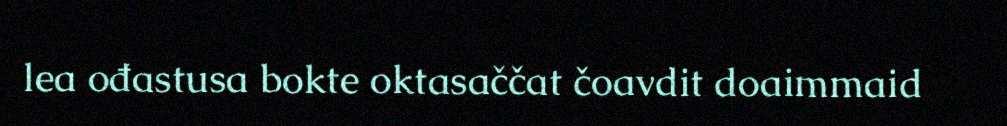
lea ođastusa bokte oktasaččat čoavdit doaimmaid